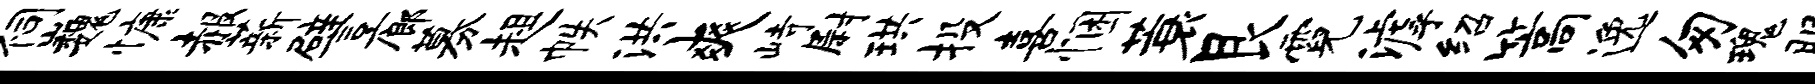
祠巍慷赧薪譬廊募趄帙洪爽峙尉珙投喜悃蓑艮霓滹绍篙逸匆瑰服後